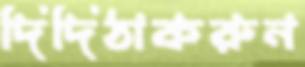
দিদিঠাকরুন